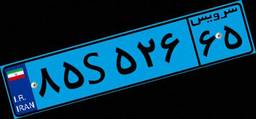
۵۵S۸۲۷۵۷